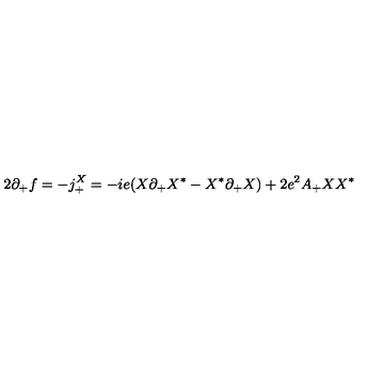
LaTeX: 2 \partial _ { + } f = - j _ { + } ^ { X } = - i e ( X \partial _ { + } X ^ { * } - X ^ { * } \partial _ { + } X ) + 2 e ^ { 2 } A _ { + } X X ^ { * }